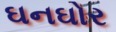
ઘનઘોર